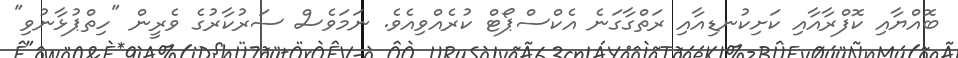
ބޮއްޔާއި ކޮފްރާއާއި ކަށިކުނޑިއާއި ރަތްގާގަނެ އެކްސްޕޯޓް ކުރެއްވިއެވެ. ނަމަވެސް ސަރުކާރުގެ ވެރީން "ހިތްޕުޅާނުވި"